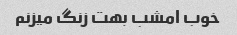
خوب امشب بهت زنگ میزنم